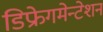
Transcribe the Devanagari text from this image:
डिफ्रेगमेन्टेशन